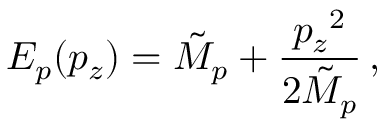
E _ { p } ( p _ { z } ) = { \tilde { M } } _ { p } + { \frac { { p _ { z } } ^ { 2 } } { 2 { \tilde { M } } _ { p } } } \, ,